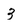
Character: 3